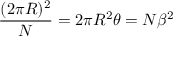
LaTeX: \frac { ( 2 \pi R ) ^ { 2 } } { N } = 2 \pi R ^ { 2 } \theta = N \beta ^ { 2 }